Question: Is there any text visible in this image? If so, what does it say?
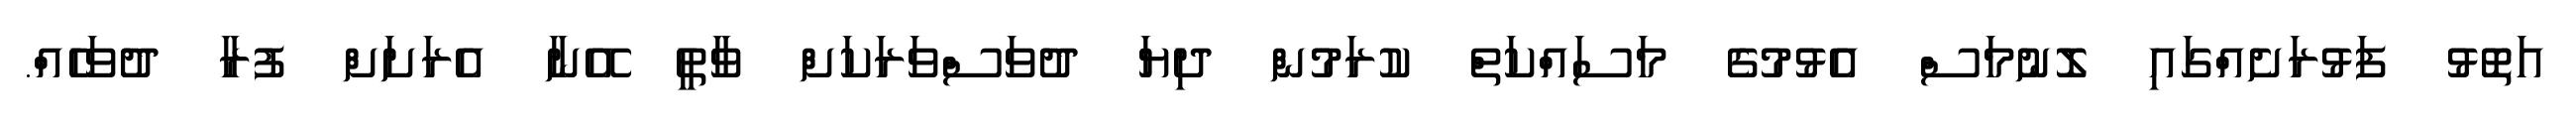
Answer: އަތޮޅު ފަޅުރަށެއްގައި ލޮނުމަސް އެޅުމުގެ މަސައްކަތް ކުރަމުން ދިޔަ ދުވަސްވަރަކަށް ވާތީ އޭނާ އެރަށަށް ފުރާ ދުވަހެއް.